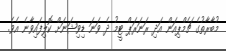
މުބާރާތުގެ ޗެމްޕިއަން އަދި ރަނަރަޕް ޓީމު ދެ ވަނަ ޑިވިޝަނަށް ކޮލިފައިވާނެ އެވެ.